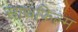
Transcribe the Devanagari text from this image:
साथफिल्म